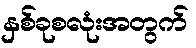
နှစ်ခုစလုံးအတွက်